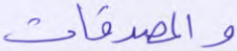
والمصدقات